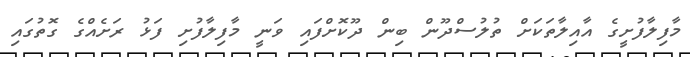
މާފިލާފުށީގެ އާއިލާތަކަށް ތުލުސްދޫން ބިން ދޫކޮށްފައި ވަނީ މާފިލާފުށި ފަޅު ރަށެއްގެ ގޮތުގައި